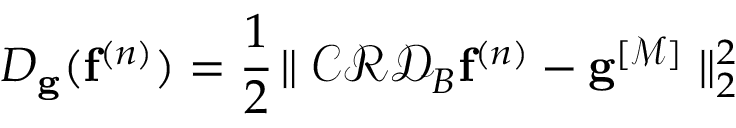
{ D } _ { \mathbf { g } } ( { \mathbf { f } ^ { ( n ) } } ) = \frac { 1 } { 2 } \! \parallel \mathcal { C } \mathcal { R } \mathcal { D } _ { B } { \mathbf { f } ^ { ( n ) } } - \mathbf { g } ^ { [ \mathcal { M } ] } \parallel _ { 2 } ^ { 2 }